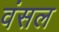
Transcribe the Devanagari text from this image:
वंसल